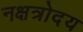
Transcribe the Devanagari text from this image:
नक्षत्रोदय